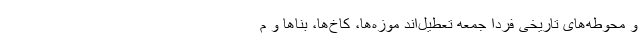
و محوطه‌های تاریخی فردا جمعه تعطیل‌اند موزه‌ها، کاخ‌ها، بناها و م